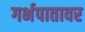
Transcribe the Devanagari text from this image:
गर्भपातावर